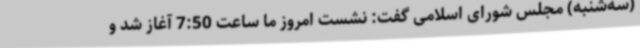
(سه‌شنبه) مجلس شورای اسلامی گفت: نشست امروز ما ساعت 7:50 آغاز شد و